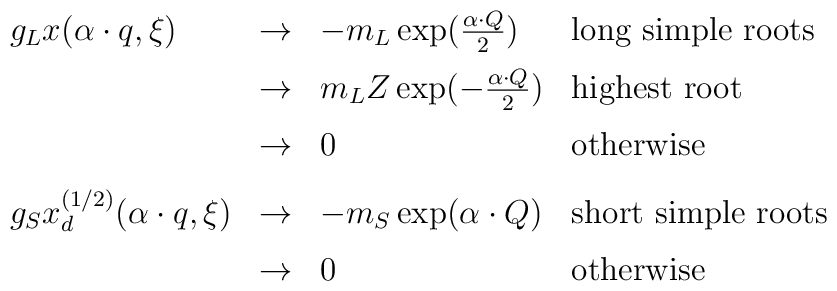
\begin{array}{llll}      g_Lx(\alpha\cdot q,\xi)&\rightarrow&      -m_L\exp({{\alpha\cdot Q}\over{2}})&      \mbox{long simple roots}\\[6pt]      &\rightarrow&{m_LZ}\exp(-{{\alpha\cdot      Q}\over{2}})&\mbox{highest root}\\[6pt]      &\rightarrow&0&\mbox{otherwise}\\[8pt]      g_Sx_d^{(1/2)}(\alpha\cdot q,\xi)&      \rightarrow&-m_S\exp({\alpha\cdot Q})&      \mbox{short simple roots}\\[6pt]      &\rightarrow&0&\mbox{otherwise}\\[8pt]   \end{array}